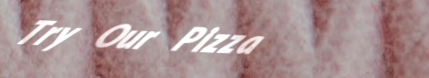
Try Our Pizza